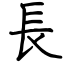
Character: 長